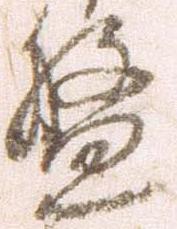
盤